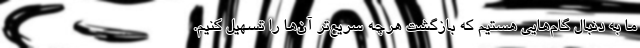
ما به دنبال گام‌هایی هستیم که بازگشت هرچه سریع‌تر آن‌ها را تسهیل کنیم.